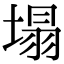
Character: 塌